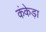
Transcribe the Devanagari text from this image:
कंकेड़ा